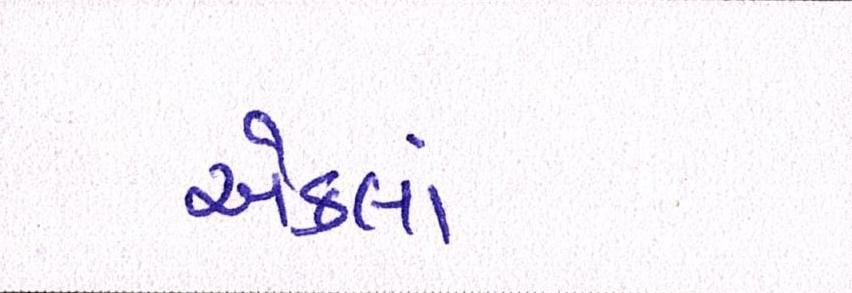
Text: એકલાં